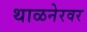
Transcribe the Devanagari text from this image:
थाळनेरवर